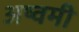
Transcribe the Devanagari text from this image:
अष्वमी